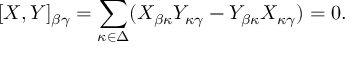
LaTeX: [ X , Y ] _ { \beta \gamma } = \sum _ { \kappa \in \Delta } ( X _ { \beta \kappa } Y _ { \kappa \gamma } - Y _ { \beta \kappa } X _ { \kappa \gamma } ) = 0 .